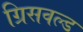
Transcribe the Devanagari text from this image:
ग्रिसवल्ड